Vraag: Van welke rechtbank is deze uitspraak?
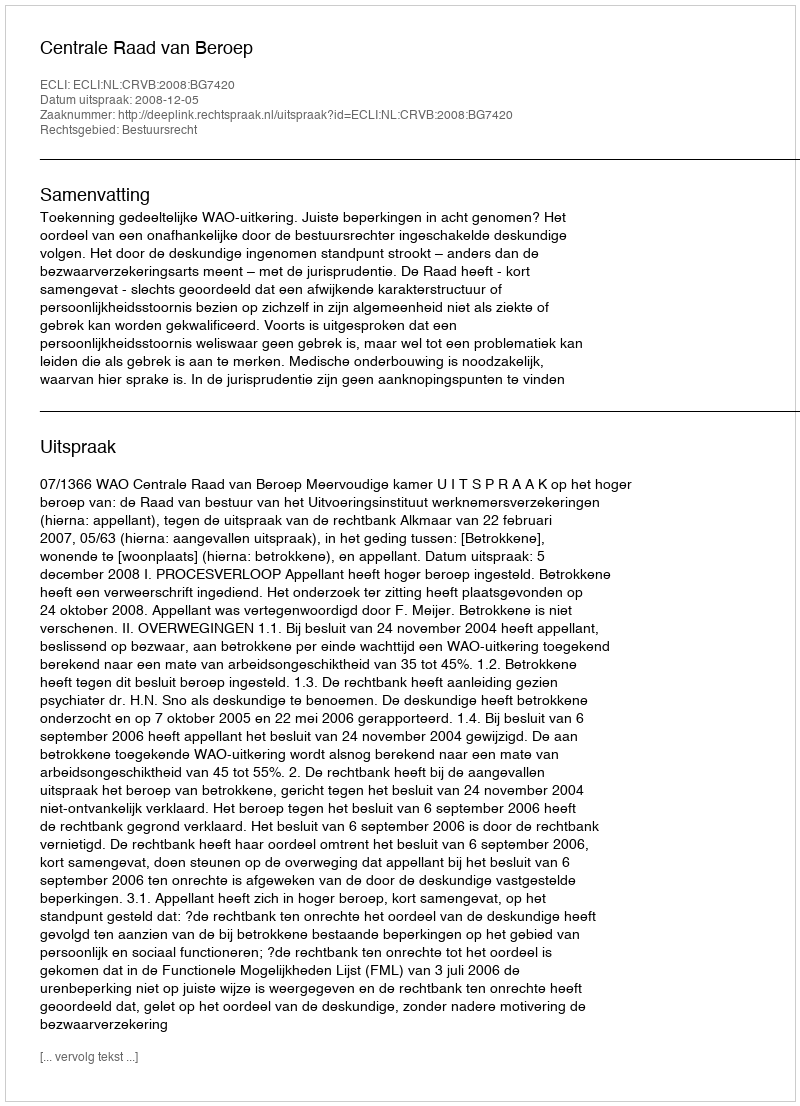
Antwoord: Centrale Raad van Beroep